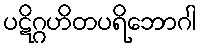
ပဋိဂ္ဂဟိတပရိဘောဂါ